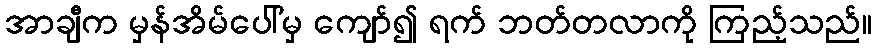
အာချီက မှန်အိမ်ပေါ်မှ ကျော်၍ ရက် ဘတ်တလာကို ကြည့်သည်။